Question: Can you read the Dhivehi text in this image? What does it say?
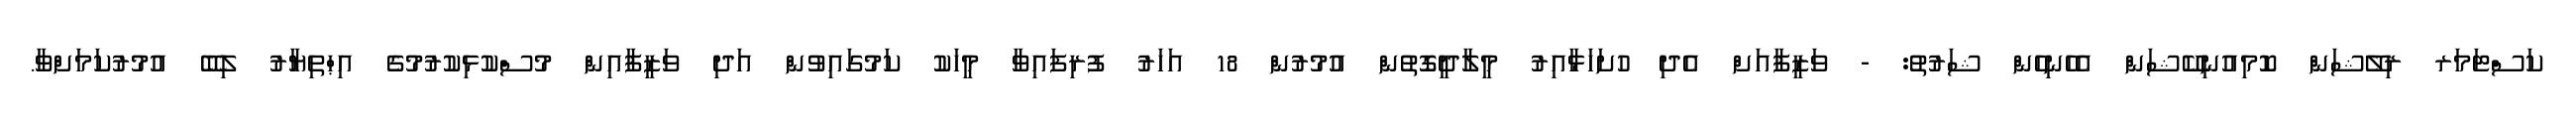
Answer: ކަސްޓަމަރ ރިލޭޝަން ކޮމިއުނިކޭޝަން އެހެނިހެން ޝަރުތު: - ވަޒީފާއަށް އެދި ހުށަހަޅާއިރު މީލާދީގޮތުން އުމުރުން 18 އަހަރު ފުރިފައިވާ މީހަކު ކަމުގައިވުން އަދި ވަޒީފާއިން މުސްކުޅިކުރުމުގެ އިޙްތިޔާރު ލިބޭ އުމުރުކަމަށްވާ.